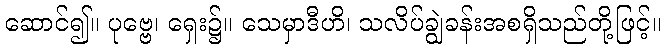
ဆောင်၍။ ပုဗ္ဗေ၊ ရှေး၌။ သေမှာဒီဟိ၊ သလိပ်ချွဲခန်းအစရှိသည်တို့ဖြင့်။